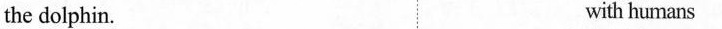
the dolphin. with humans